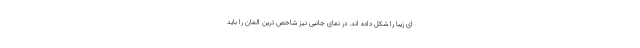
ای زیبا را شکل داده اند. در نمای جانبی نیز شاخص ترین المان را باید